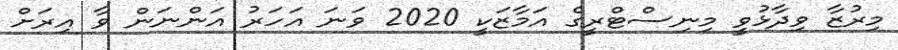
މިރުޒާ ވިދާޅުވީ މިނިސްޓްރީގެ އަމާޒަކީ 2020 ވަނަ އަހަރު އަންނަން ވާ އިރަށް